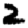
Digit: 2